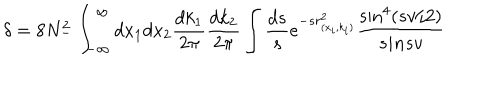
\delta = 8 N _ { - } ^ { 2 } \int _ { - \infty } ^ { \infty } d x _ { 1 } d x _ { 2 } \frac { d k _ { 1 } } { 2 \pi } \frac { d k _ { 2 } } { 2 \pi } \int \frac { d s } { s } e ^ { - s r _ { ( x _ { i } , k _ { i } ) } ^ { 2 } } \frac { \sin ^ { 4 } ( s v / 2 ) } { s i n s v }